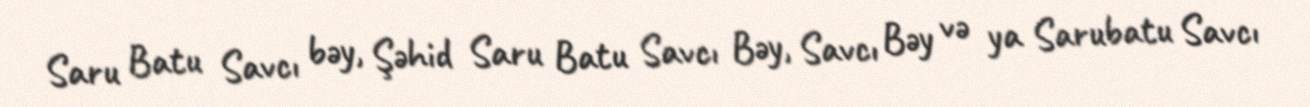
Saru Batu Savcı bəy, Şəhid Saru Batu Savcı Bəy, Savcı Bəy və ya Sarubatu Savcı